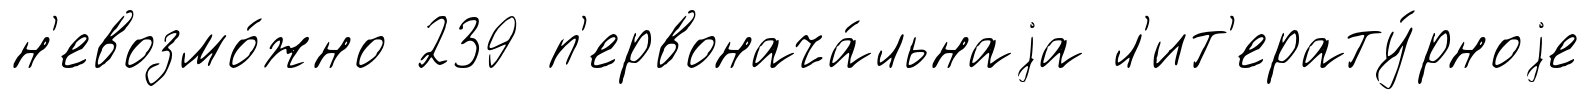
н'евозмо́жно 239 п'ервонача́льнаjа л'ит'ерату́рноjе